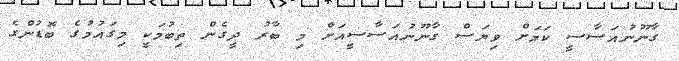
ގާނޫނުއަސާސީ ކަމަށް ވިޔަސް ގާނޫނުއަސާސީއަށް މި ބާރު ދީގެން ތިބުމަކީ މިގައުމުގެ ބޮޑުންގެ